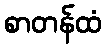
စာတန်ထံ